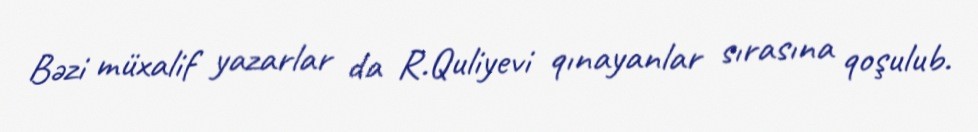
Bəzi müxalif yazarlar da R.Quliyevi qınayanlar sırasına qoşulub.